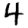
Digit: 4